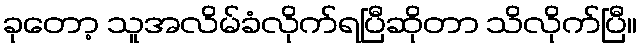
ခုတော့ သူအလိမ်ခံလိုက်ရပြီဆိုတာ သိလိုက်ပြီ။